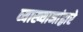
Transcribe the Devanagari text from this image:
व्याख्यानांद्वारे